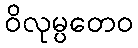
ဝိလုမ္ပတေဝ